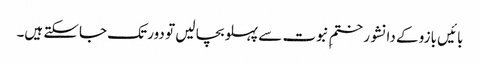
بائیں بازو کے دانشور ختمِ نبوت سے پہلو بچا لیں تو دور تک جاسکتے ہیں۔